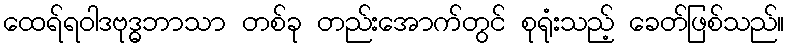
ထေရ်ရဝါဒဗုဒ္ဓဘာသာ တစ်ခု တည်းအောက်တွင် စုရုံးသည့် ခေတ်ဖြစ်သည်။